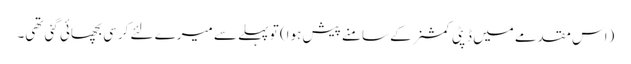
(اس مقدمے میں ڈپٹی کمشنر کے سامنے پیش ہوا) تو پہلے سے میرے لئے کرسی بچھائی گئی تھی۔